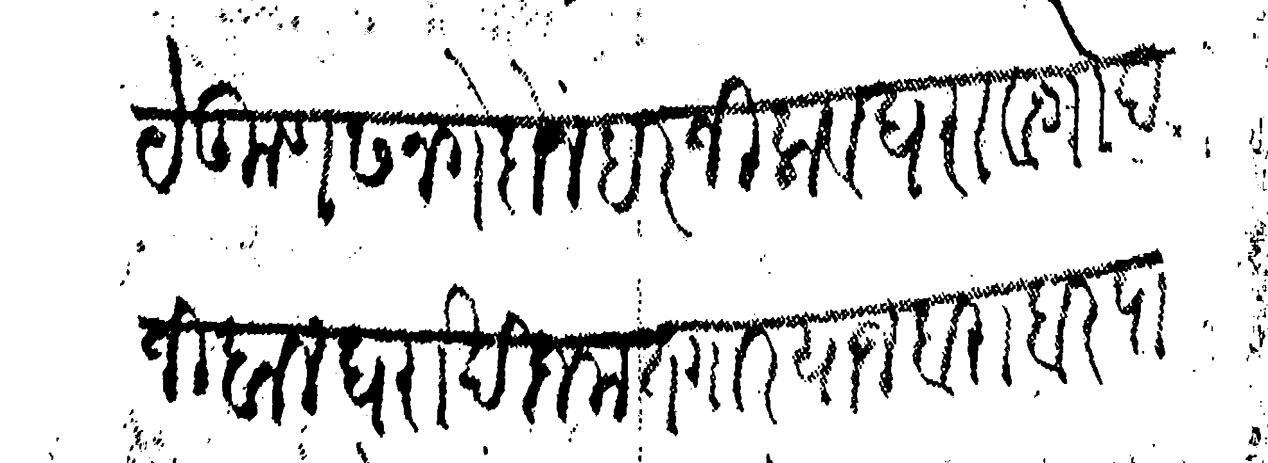
Transliteration (Devanagari): येकूण सनगे दोन हरजी लावघरा व गोदजी बालघरा खिजमतगार याज बराबर